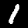
Digit: 1